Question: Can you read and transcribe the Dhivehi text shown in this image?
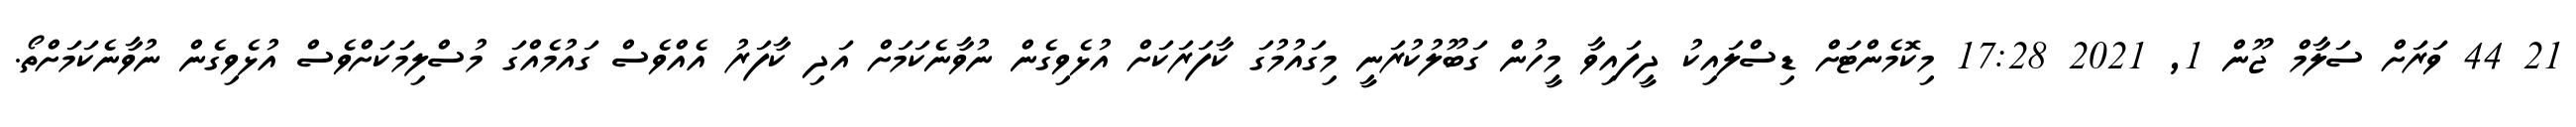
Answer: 21 44 ވަރަށް ސަލާމް ޖޫން 1, 2021 17:28 މިކޮމެންޓަށް ޑިސްލައިކު ދީފައިވާ މީހުން ގަބޫލުކުރަނީ މިގައުމުގަ ކާފަރަކަށް އުޅެވިގެން ނުވާނެކަމަށް އަދި ކާފަރު އެއްވެސް ގައުމެއްގަ މުސްލިމަކަށްވެސް އުޅެވިގެން ނުވާނެކަމަށްތޯ.